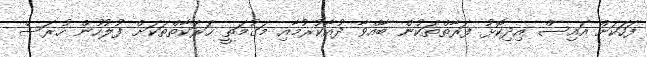
ފަހަކަށް އައިސް އިދިކޮޅު ފަރާތްތަކުން ބާއްވާ ދުއާކުރުމާއި މަގުމަތީ ހަރަކާތްތަކަށް ފުލުހުން ހުރަސް